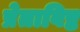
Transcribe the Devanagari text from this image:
प्रेताविष्ट